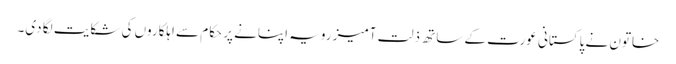
خاتون نے پاکستانی عورت کے ساتھ ذلت آمیز رویہ اپنانے پر حکام سے اہلکاروں کی شکایت لگا دی۔